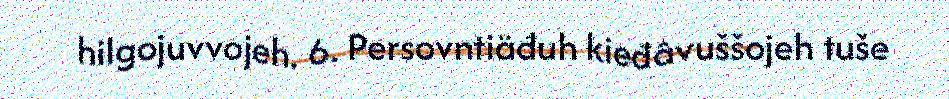
hilgojuvvojeh. 6. Persovntiäđuh kieđâvuššojeh tuše